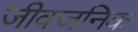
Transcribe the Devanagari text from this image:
जीवजनिक